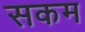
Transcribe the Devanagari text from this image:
सकम